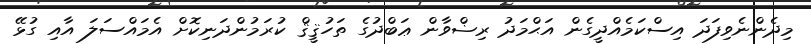
މިދެންނެވިފަދަ އިސްކަމެއްދީގެން އަޙްމަދު ރިޟްވާން ޢަބްދުގެ ތަހުޤީޤް ކުރަަމުންދަނިކޮށް އެމައްސަލަ އާއި ގުޅޭ